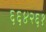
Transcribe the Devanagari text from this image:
६६४२६१